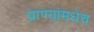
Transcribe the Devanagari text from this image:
प्राण्यांमधेच